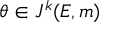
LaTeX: \theta \in J ^ { k } ( E , m )